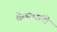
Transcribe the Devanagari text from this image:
शेळक्यांनी